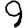
Digit: 9